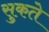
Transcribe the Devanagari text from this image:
सुकते